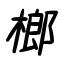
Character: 榔